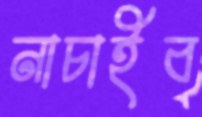
নাচাইব